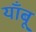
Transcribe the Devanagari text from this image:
याँबू